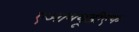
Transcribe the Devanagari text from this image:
एआययूडीएफ